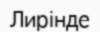
Лирінде